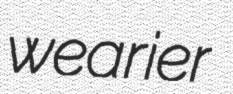
wearier